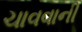
ચાવવાની